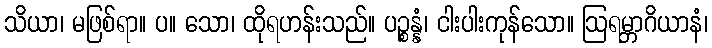
သိယာ၊ မဖြစ်ရာ။ ပ။ သော၊ ထိုရဟန်းသည်။ ပဉ္စန္နံ၊ ငါးပါးကုန်သော။ ဩရမ္ဘာဂိယာနံ၊